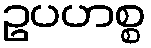
ဥပဟစ္စ